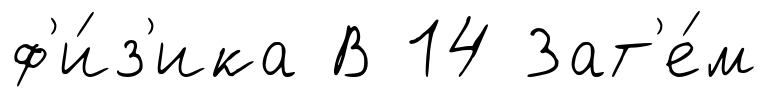
ф'и́з'ика В 14 Зат'е́м